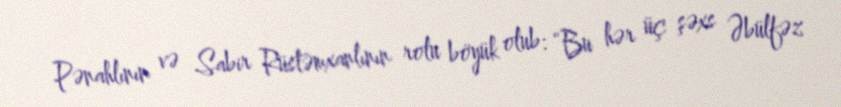
Pənahlının və Sabir Rüstəmxanlının rolu böyük olub: “Bu hər üç şəxs Əbülfəz